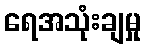
ရေအသုံးချမှု